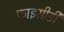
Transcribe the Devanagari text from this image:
फाइसीडी